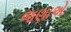
જણાએ